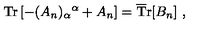
\mathrm { T r } \left[ - ( A _ { n } ) _ { \alpha } { } ^ { \alpha } + A _ { n } \right] = \mathrm { \overline { T } r } [ B _ { n } ] \ ,